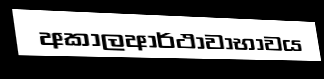
අකාලආර්ථාවාභාවය